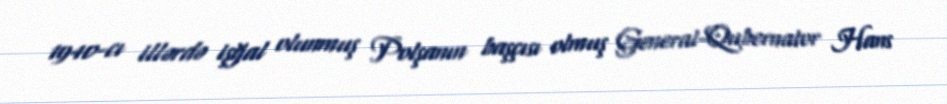
1940-cı illərdə işğal olunmuş Polşanın başçısı olmuş General-Qubernator Hans